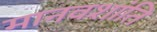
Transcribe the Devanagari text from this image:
मानवशांति